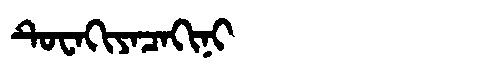
Manchu: ᡨᡠᠸᠠᡴᡳᠶᠠᠴᠠᡴᡳᠨᡳ
Romanization: TUWAKIYACAKINI